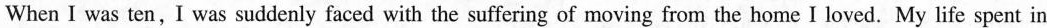
When I was ten,I was suddenly faced with the suffering of moving from the home I loved. My life spent in